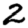
Digit: 2